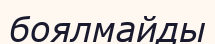
боялмайды